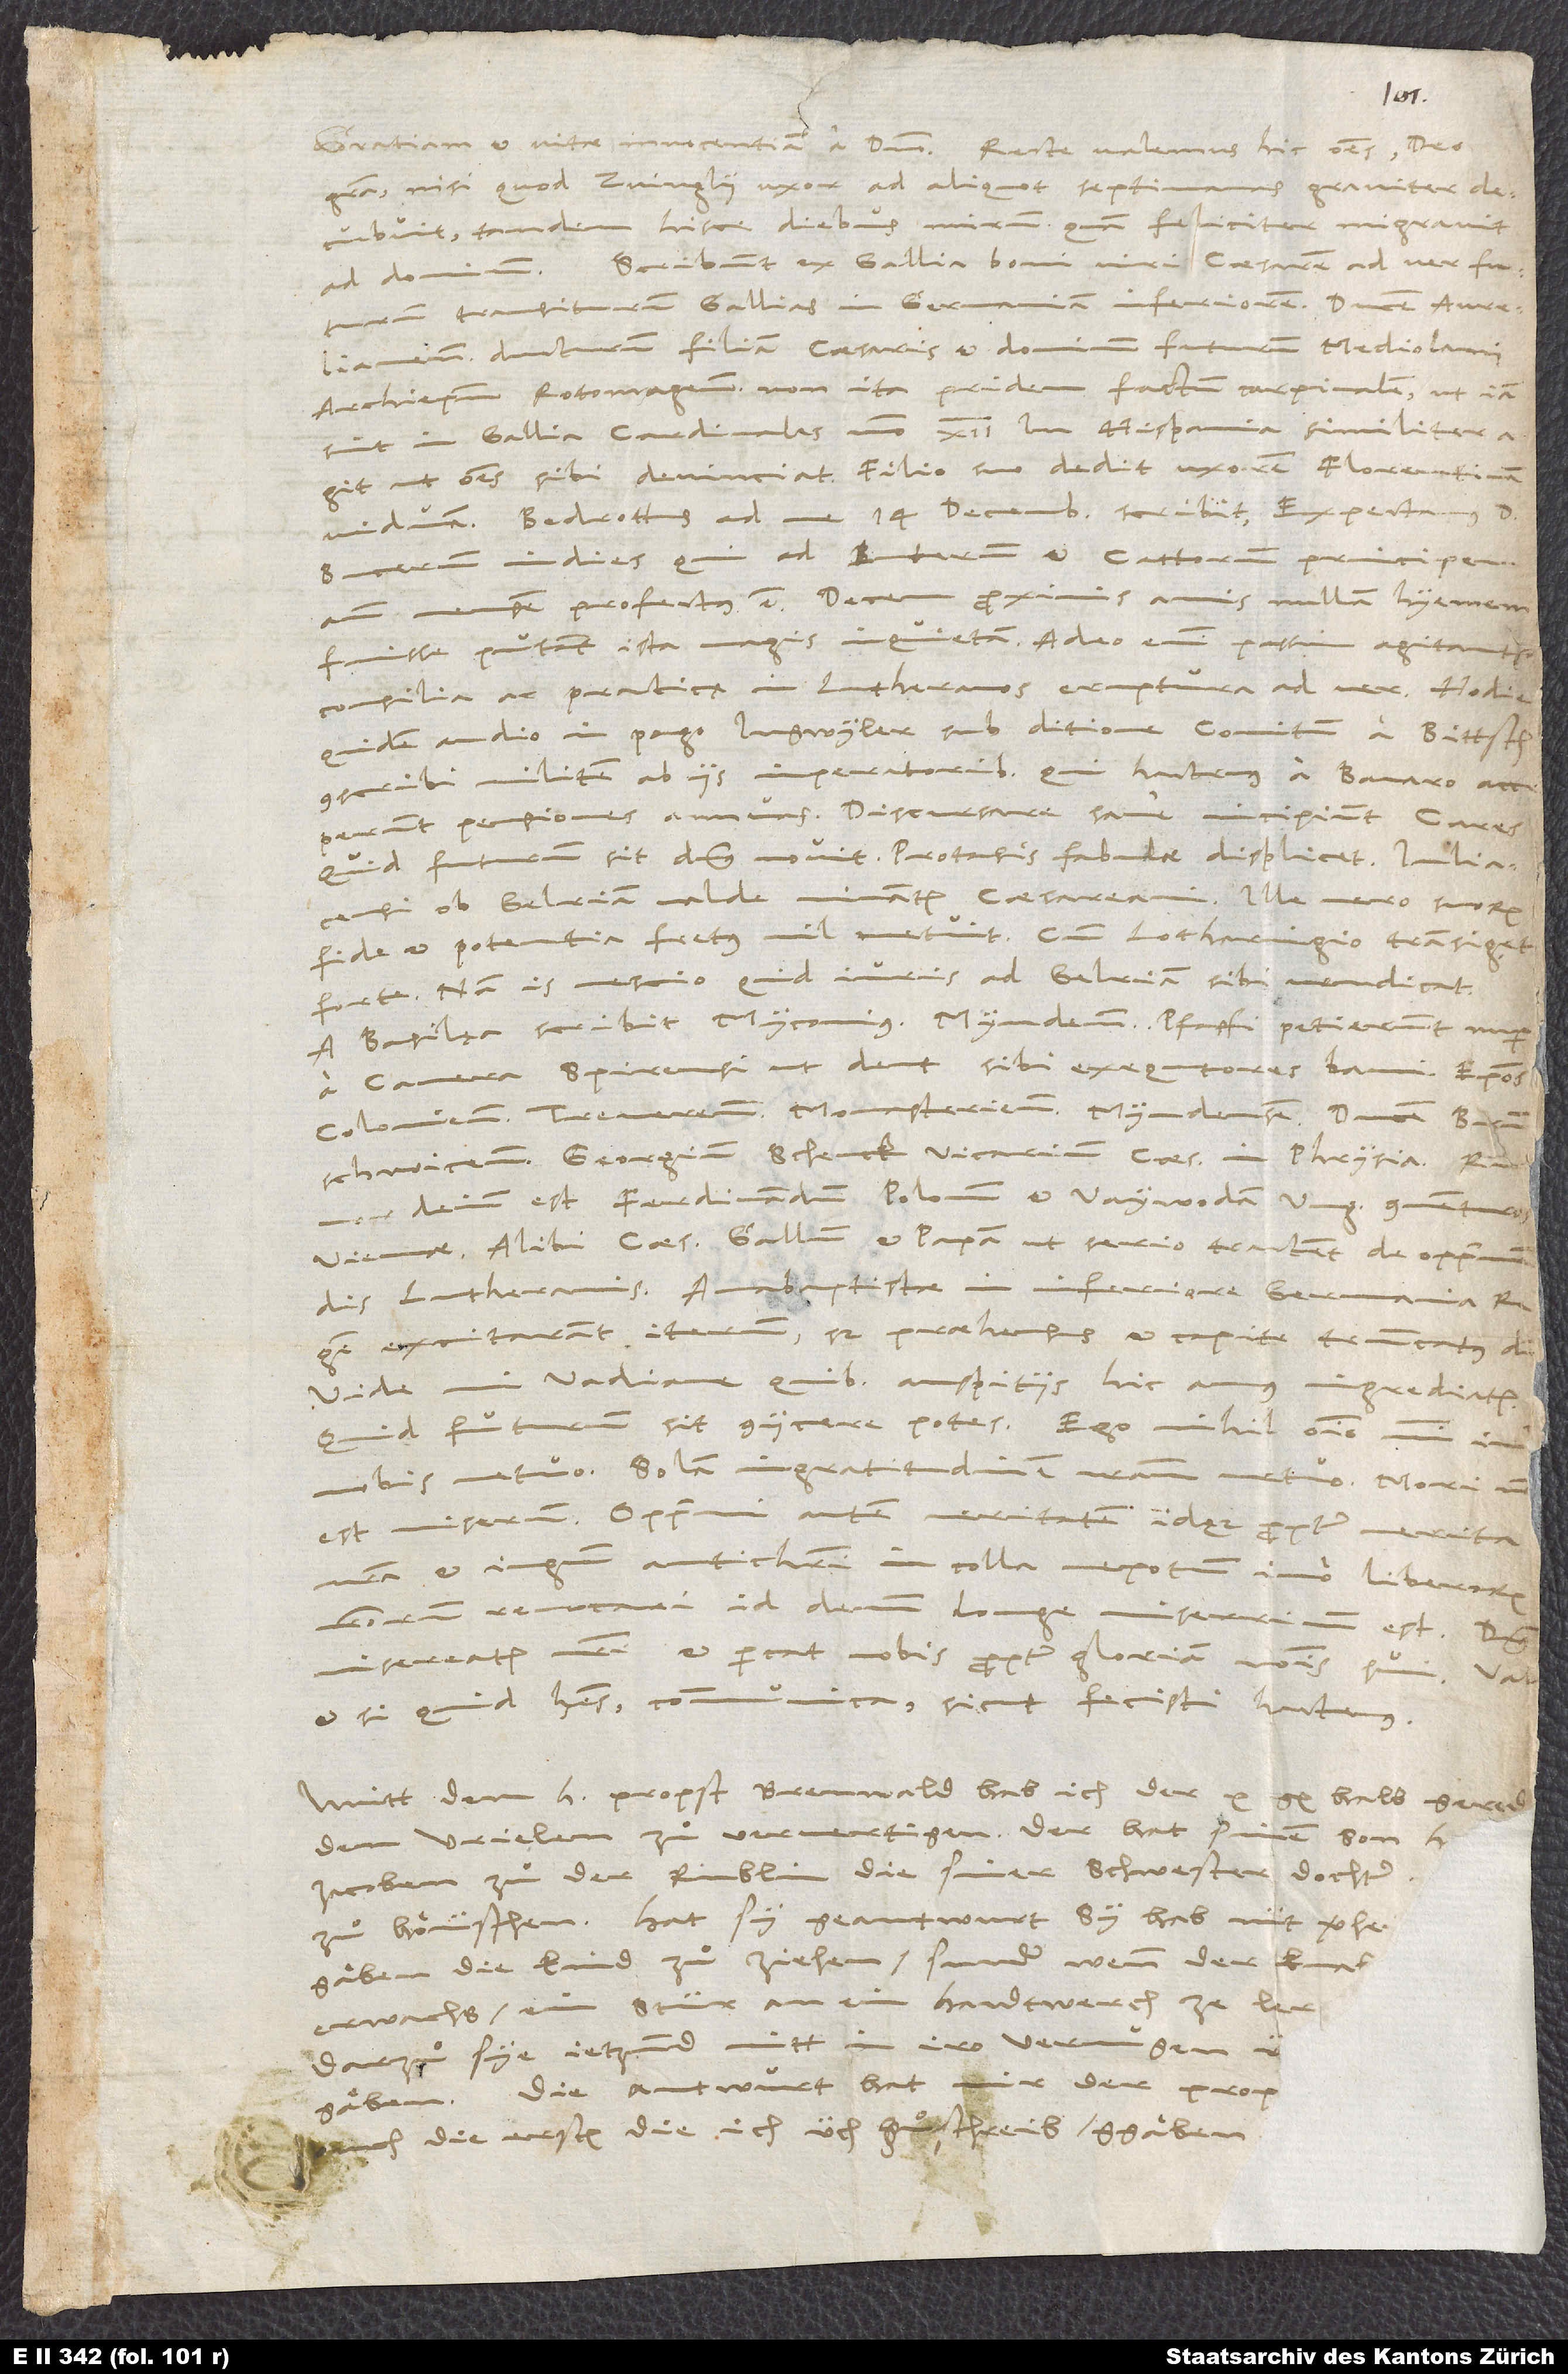
1.
Gratiam et vitae innocentiam a Domino. Recte valemus hic omnes, Deo
gratia nisi quod Zvinglii uxor ad aliquot septimanas graviter
decubuit, tandem hisce diebus mirum quam feliciter migravit
ad dominum. Scribunt ex Gallia boni viri, Caesarem ad ver futurum
transiturum Gallias in Germaniam Inferiorem, ducem Aurelianensem
ducturum filiam Caesaris et dominum futurum Mediolani,
archiepiscopum Rotomagensem non ita pridem factum cardinalem, ut iam
sint in Gallia cardinales numero 12. In Hispania similiter
ut omnes sibi devinciat. Filio suo dedit uxorem Florentinam
viduam. - Bedrottus ad me 14. Decembris scribit: «Exspectamus D.
Bucerum in dies, qui ad Luterum et Cattorum principem
mensem profectus est.» - Decem proximis annis nullam hiemem
fuisse putant ista magis inquietam; adeo enim passim agitantur
consilia ac pra(c)ticę, in Lutheranos eruptura ad ver. Hodie
quidem audio, in pago Ingwyler sub dicione comitum a Bittsch
conscribi militem ab iis imperatoribus, qui hactenus a Bavaro acceperunt
pensiones annuas. Discursare sane incipiunt Cares.
Quid futurum sit, dominus novit. Protasis fabulae displicet. Iuliacensi
ob Gelriam valde minantur Caesareani. Ille vero, suorum
fide et potentia fretus, nil metuit. Cum Lotharingio transiget
forte; nam is nescio quid iuris ad Gelriam sibi vendicat.
A Basilea scribit Myconius: «Myndenses pfapfi petierunt nuper
a camera Spirensi, ut dent sibi exsecutores banni episcopos
Coloniensem, Treverensem, Monasteriensem, Myndensem, ducem
Brunschwicensem, Georgium Schenck, vicarium Caesaris in Phrysia. Rumor
deinde est, Ferdinandum, Polonum et Vaywodam Ung(ariae) conventuros
Viennae, alibi Caesarem, Gallum et papam, ut serio tractent de opprimendis
Lutheranis. Anabaptistae in Inferiore Germania regem
excitarant iterum; sed prehensus et capite truncatus dicitur.»
Vide, mi Vadiane, quibus auspiciis hic annus ingrediatur.
Quid futurum sit, coniicere potes. Ego nihil ommino mihi,
nobis metuo; solam ingratitudinem nostram metuo. Mori non
est miserum; opprimi autem veritatem, idque propter merita
nostra, et iugum Antichristi in colla nepotum, immo liberorum
nostrorum revocari, id demum longe miserrimum est. Dominus
misereatur nostri et parcat nobis propter gloriam nominis sui. Vale,
et si quid habes, communica, sicut fecisti hactenus.
Mitt dem h(errn) propst Brenwald hab ich der 10 gl. halb geredt
den Urielen zuͦ ververtigen. Der hat sinen son Hansen
Jacoben zuͦ der Rublin, die siner Schwester dochter,
zuͦ höuschen. Hat sy geantwurt, sy hab nüt verheissen
gäben, die kind zuͦ ziehen, sunder wenn der knaben
erwachs, ein stür an ein handtwerch ze lernen
Darzuͦ sye ietzund nitt in iro vermugen,
gäben. Die antwurt hat mir der propst,
auch die ersten, die ich üch zuͦschreib, ggäben.